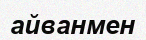
айванмен